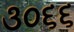
૩૦૬૬